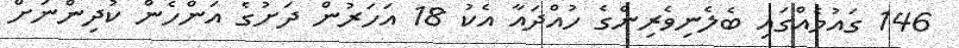
146 ގައުމެއްގައި ބެލެނިވެރިންގެ ހުއްދައާ އެކު 18 އަހަރުން ދަށުގެ އަންހެން ކުދިންނަށް